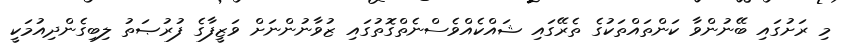
މި ރަށުގައި ބޭނުންވާ ކަންތައްތަކުގެ ތެރޭގައި ޝައްކެއްވެސްނެތްގޮތުގައި ޒުވާނުންނަށް ވަޒީފާގެ ފުރުޞަތު ލިބިގެންދިއުމަކީ